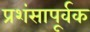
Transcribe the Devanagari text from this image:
प्रशंसापूर्वक